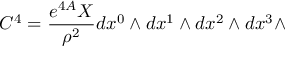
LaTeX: C ^ { 4 } = { \frac { e ^ { 4 A } X } { \rho ^ { 2 } } } d x ^ { 0 } \wedge d x ^ { 1 } \wedge d x ^ { 2 } \wedge d x ^ { 3 } \wedge